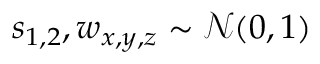
s _ { 1 , 2 } , w _ { x , y , z } \sim \mathcal { N } ( 0 , 1 )